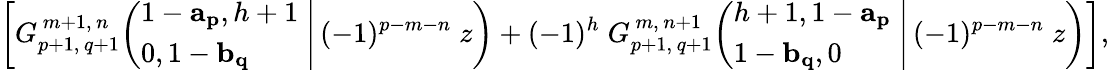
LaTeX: \left[G_{p+1,\, q+1}^{\, m+1,\, n}\! \left(\left.{\begin{array}{l}{1-\mathbf{a_{p}},h+1}\\ {0,1-\mathbf{b_{q}}}\end{array}}\; \right|\, (-1)^{p-m-n}\; z\right)+(-1)^{h}\; G_{p+1,\, q+1}^{\, m,\, n+1}\! \left(\left.{\begin{array}{l}{h+1,1-\mathbf{a_{p}}}\\ {1-\mathbf{b_{q}},0}\end{array}}\; \right|\, (-1)^{p-m-n}\; z\right)\right],